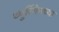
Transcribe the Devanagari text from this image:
थ्युरिंगेनच्या